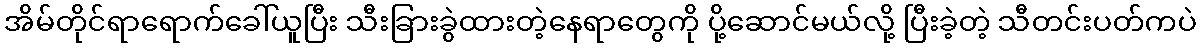
အိမ်တိုင်ရာရောက်ခေါ်ယူပြီး သီးခြားခွဲထားတဲ့နေရာတွေကို ပို့ဆောင်မယ်လို့ ပြီးခဲ့တဲ့ သီတင်းပတ်ကပဲ